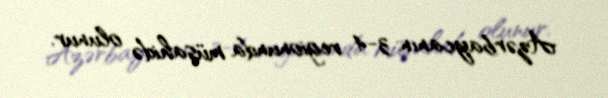
Azərbaycanın 3-4 regionunda müşahidə olunur.